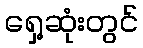
ရှေ့ဆုံးတွင်